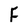
Character: F